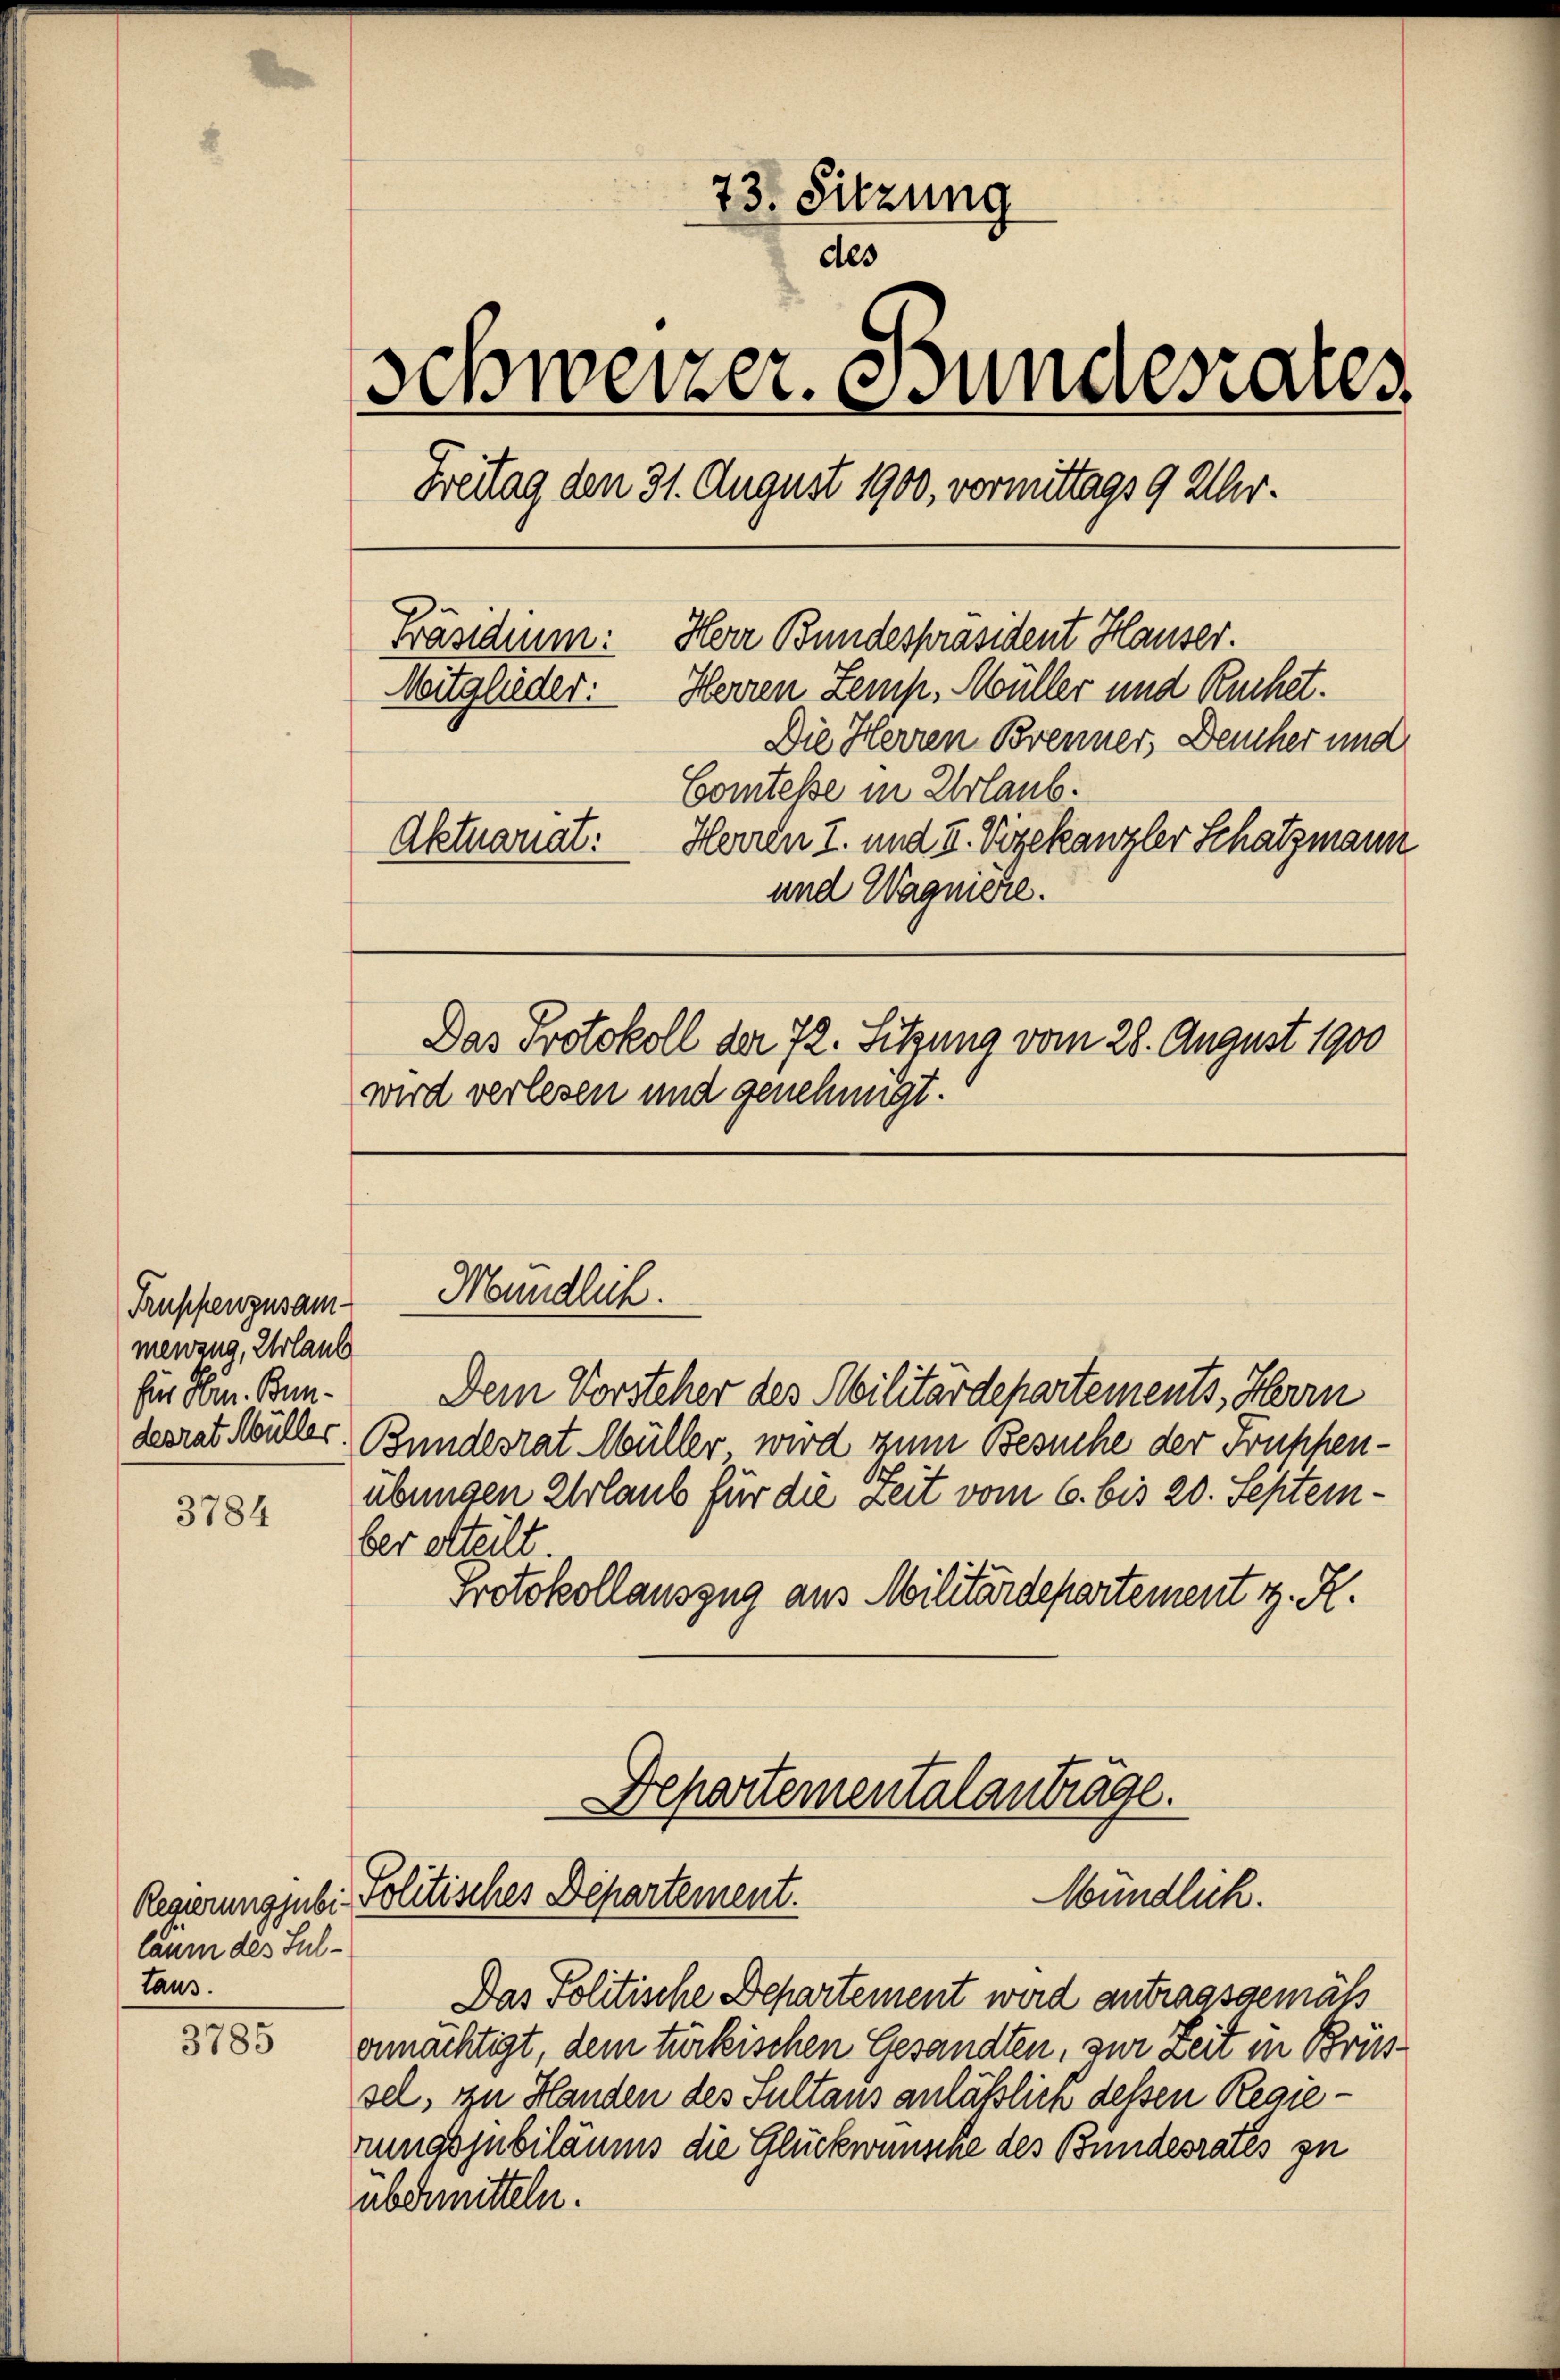
Truppenzusam
menzug, Urlaub
für Hrn. Bun-

3784

läum des Sultaus.

3785

73. Sitzung
des
Schweizer. Bundesrates,
Breitag den 31. August 1900, vormittags 9 Uhr¬
Präsidium: Herr Bundespräsident Hauser.
Herren Zemp, Müller und Ruchet.
Mitglieder:
Die Herren Brenner, Deucher und
Comtesse in Urlaub.
Aktuariat: Herren I. und II. Vizekanzler Schatzmann
und Wagnière.
Das Protokoll der 72. Sitzung vom 28. August 1900
wird verlesen und genehmigt.

Mundlich.

Dem Vorsteher des Militärdepartements, Herrn
desrat Müller. Bundesrat Müller wird zum Besuche der Truppenübungen Urlaub für die Zeit vom 6. bis 20. September atteilt.
Protokollauszug aus Militärdepartement z. R.
Departementalanträge.

Mündlich.
Regierungsubi Politisches Departement.

Das Politische Departement wird antragsgemäß
ermächtigt, dem türkischen Gesandten, zur Zeit in Brissel, zu Handen des Sultaus anläßlich dessen Regierunasjubiläums die Glückwünsche des Bundesrates zu
übchmitteln.